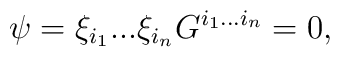
\psi = \xi_{i_{1}}...\xi_{i_{n}}G^{i_{1}...i_{n}} = 0,